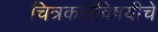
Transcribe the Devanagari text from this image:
चित्रकलेविषयीचे